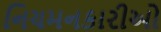
નિયમનકારીઓ